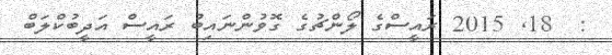
:  18